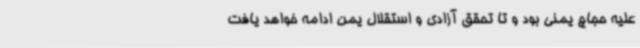
علیه حجاج یمنی بود و تا تحقق آزادی و استقلال یمن ادامه خواهد یافت